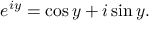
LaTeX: e ^ { i y } = \cos y + i \sin y .